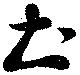
土